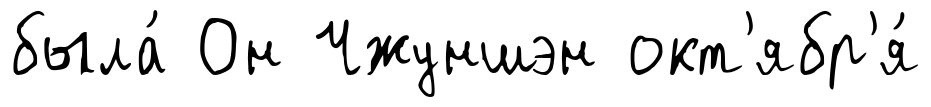
была́ Он Чжуншэн окт'ябр'я́